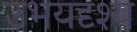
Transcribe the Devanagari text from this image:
उभयदृश्य